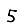
Digit: 5